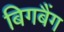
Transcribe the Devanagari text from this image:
बिगबैंग